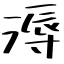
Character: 溽